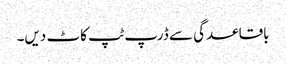
باقاعدگی سے ڈرپ ٹپ کاٹ دیں۔